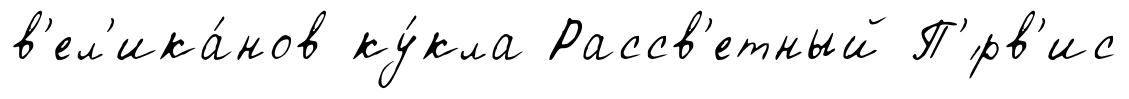
в'ел'ика́нов ку́кла Рассв'етный П'́рв'ис